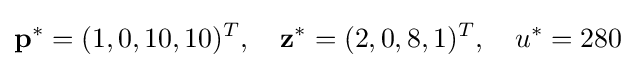
\mathbf {p} ^{*}=(1,0,10,10)^{T},\quad \mathbf {z} ^{*}=(2,0,8,1)^{T},\quad u^{*}=280